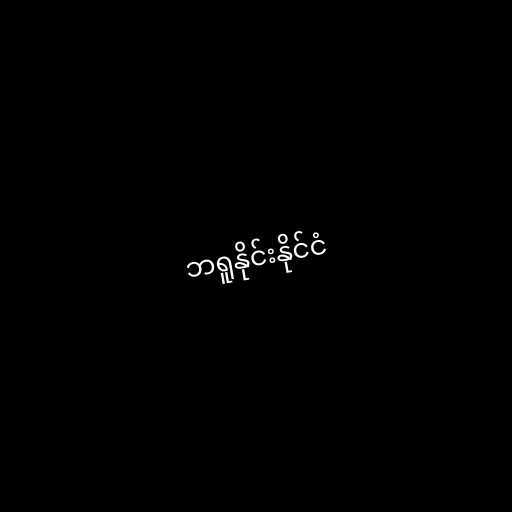
ဘရူနိုင်းနိုင်ငံ